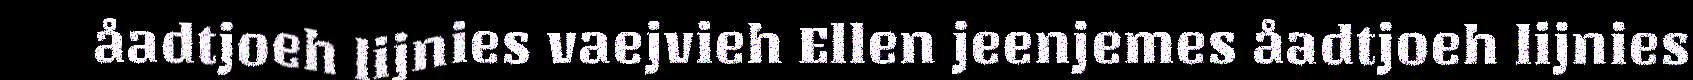
åadtjoeh lijnies vaejvieh Ellen jeenjemes åadtjoeh lijnies